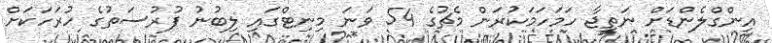
އިންގްލެންޑަށް ނަތީޖާ ހަމަހަމަކުރަން މެޗުގެ 54 ވަނަ މިނިޓްގައި ލިބުނު ފުރުސަތުގެ ހުރަހަކަށް